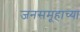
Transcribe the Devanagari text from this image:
जनसमूहाच्या